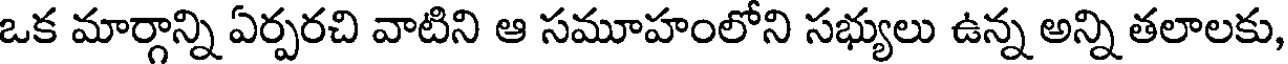
ఒక మార్గాన్ని ఏర్పరచి వాటిని ఆ సమూహంలోని సభ్యులు ఉన్న అన్ని తలాలకు,